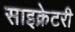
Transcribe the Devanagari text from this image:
साइक्रेटरी